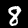
Label: 8